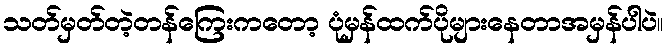
သတ်မှတ်တဲ့တန်ကြေးကတော့ ပုံမှန်ထက်ပိုများနေတာအမှန်ပါပဲ။